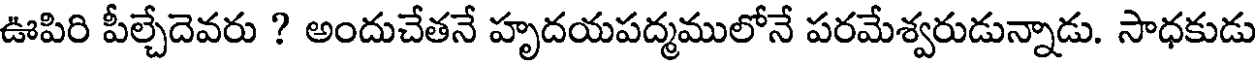
ఊపిరి పీల్చేదెవరు ? అందుచేతనే హృదయపద్మములోనే పరమేశ్వరుడున్నాడు. సాధకుడు